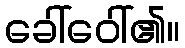
ခေါ်ဝေါ်၏။